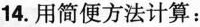
14.用简便方法计算：